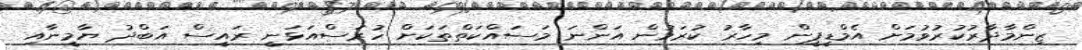
ޒިންމާދާރުކުރުވުމަށް އެމްޑީޕީން މިހާރު ކުރަމުން އަންނަ މަސައްކަތްތަކަށް ހުރަސްއަޅަނީ ރައީސް އަބްދު ޔާމީނާއި